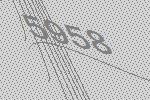
5958